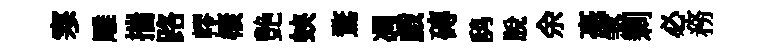
寒雕揣路轇榱艶蛺鶩凋戯磚鸱脫余毫煞剰必務